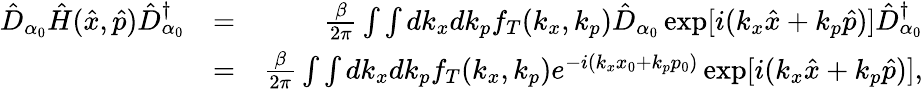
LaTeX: \begin{array}{rlr}{\hat{D}_{\alpha_{0}}\hat{H}(\hat{x},\hat{p})\hat{D}_{\alpha_{0}}^{\dagger}}&{=}&{\frac{\beta}{2\pi}\int\int dk_{x}dk_{p}f_{T}(k_{x},k_{p})\hat{D}_{\alpha_{0}}\exp[i(k_{x}\hat{x}+k_{p}\hat{p})]\hat{D}_{\alpha_{0}}^{\dagger}}\\ &{=}&{\frac{\beta}{2\pi}\int\int dk_{x}dk_{p}f_{T}(k_{x},k_{p})e^{-i(k_{x}x_{0}+k_{p}p_{0})}\exp[i(k_{x}\hat{x}+k_{p}\hat{p})],}\end{array}